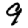
Digit: 9